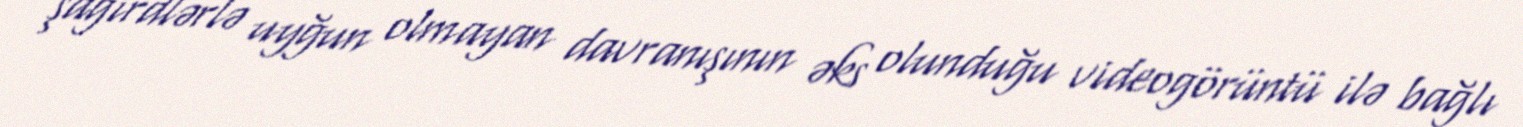
şagirdlərlə uyğun olmayan davranışının əks olunduğu videogörüntü ilə bağlı